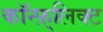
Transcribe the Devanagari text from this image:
कॉन्फ़्लिक्ट